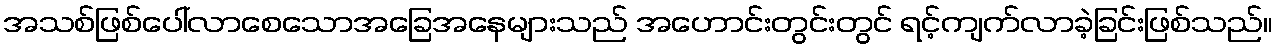
အသစ်ဖြစ်ပေါ်လာစေသောအခြေအနေများသည် အဟောင်းတွင်းတွင် ရင့်ကျက်လာခဲ့ခြင်းဖြစ်သည်။